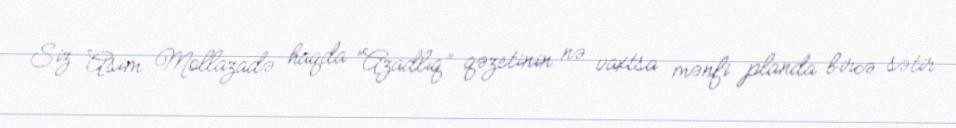
Siz Asim Mollazadə haqda “Azadlıq” qəzetinin nə vaxtsa mənfi planda bircə sətir